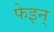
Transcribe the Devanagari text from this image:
फेइन्